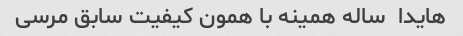
هایدا  ساله همینه با همون کیفیت سابق مرسی